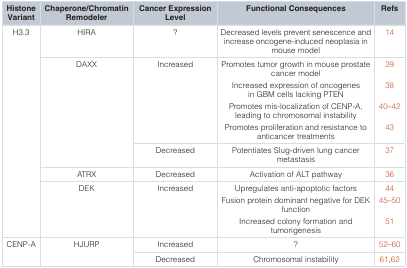
| HistoneVariant | Chaperone/ChromatinRemodeler | Cancer ExpressionLevel | Functional Consequences | Refs |
 | --- | --- | --- | --- | --- |
 | <ROWSPAN=5> H3.3 | HIRA | ? | Decreased levels prevent senescence andincrease oncogene-induced neoplasia inmouse model | 14 |
 | <ROWSPAN=2> DAXX | Increased | Promotes tumor growth in mouse prostatecancer modelIncreased expression of oncogenesin GBM cells lacking PTENPromotes mis-localization of CENP-A,leading to chromosomal instabilityPromotes proliferation and resistance toanticancer treatments | 393840–4243 |
 | Decreased | Potentiates Slug-driven lung cancermetastasis | 37 |
 | ATRX | Decreased | Activation of ALT pathway | 36 |
 | DEK | Increased | Upregulates anti-apoptotic factorsFusion protein dominant negative for DEKfunctionIncreased colony formation andtumorigenesis | 4445–5051 |
 | <ROWSPAN=2> CENP-A | <ROWSPAN=2> HJURP | Increased | ? | 52–60 |
 | Decreased | Chromosomal instability | 61,62 |